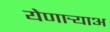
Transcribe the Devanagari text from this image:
येणार्‍याअ